Report of the Indian Hemp Drugs Commission, 1894-1895 - Volume VII
Year: 1894
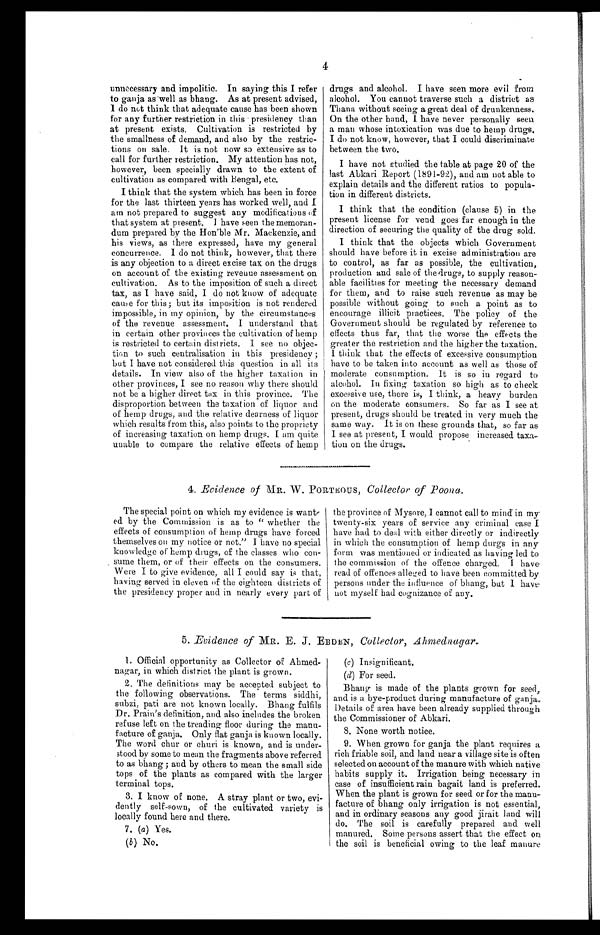
4
unnecessary and impolitic. In saying this I refer
to ganja as well as bhang. As at present advised,
I do not think that adequate cause has been shown
for any further restriction in this presidency than
at present exists. Cultivation is restricted by
the smallness of demand, and also by the restric-
tions on sale. It is not now so extensive as to
call for further restriction. My attention has not,
however, been specially drawn to the extent of
cultivation as compared with Bengal, etc.
I think that the system which has been in force
for the last thirteen years has worked well, and I
am not prepared to suggest any modifications of
that system at present. I have seen the memoran
-dum prepared by the Hon’ble Mr. Mackenzie, and
his views, as there expressed, have my general
concurrence. I do not think, however, that there
is any objection to a direct excise tax on the drugs
on account of the existing revenue assessment on
cultivation. As to the imposition of such a direct
tax, as I have said, I do not know of adequate
cause for this; but its imposition is not rendered
impossible, in my opinion, by the circumstances
of the revenue assessment. I understand that
in certain other provinces the cultivation of hemp
is restricted to certain districts. I see no
objec-tion to such centralisation in this presidency ;
but I have not considered this question in all its
details. In view also of the higher taxation in
other provinces, I see no reason why there should
not be a higher direct tax in this province. The
disproportion between the taxation of liquor and
of hemp drugs, and the relative dearness of liquor
which results from this, also points to the propriety
of increasing taxation on hemp drugs. I am quite
unable to compare the relative effects of hemp
drugs and alcohol. I have seen more evil from
alcohol. You cannot traverse such a district as
Thana without seeing a great deal of drunkenness.
On the other hand, I have never personally seen
a man whose intoxication was due to hemp drugs.
I do not know, however, that I could discriminate
between the two.
I have not studied the table at page 20 of the
last Abkari Report (1891-92), and am not able to
explain details and the different ratios to popula--
tion in different districts.
I think that the condition (clause 5) in the
present license for vend goes far enough in the
direction of securing the quality of the drug sold.
I think that the objects which Government
should have before it in excise administration are
to control, as far as possible, the cultivation,
production and sale of the drugs, to supply reaso
n - a b l e f a c i l i t i e s f o r m e e t i n g t h e n e c e s s a r y d e m a n d
for them, and to raise such revenue as may be
possible without going to such a point as to
encourage illicit practices. The policy of the
Government should be regulated by reference to
effects thus far, that the worse the effects the
greater the restriction and the higher the taxation
. I think that the effects of excessive consumption
have to be taken into account as well as those of
moderate consumption. It is so in regard to
alcohol. In fixing taxation so high as to cheek
excessive use, there is, I think, a heavy burden
on the moderate consumers. So far as I see at
present, drugs should be treated in very much the
same way. It is on these grounds that, so far as
I see at present, I would propose increased tax
a - t i o n o n t h e d r u g s .
4. Evidence of MR. W. PORTEOUS, Collector of Poona.
The special point on which my evidence is want-
ed by the Commission is as to “ whether the
effects of consumption of hemp drugs have forced
themselves on my notice or not.” I have no special
knowledge of hemp drugs, of the classes who con
-sume them, or of their effects on the consumers.
Were I to give evidence, all I could say is that,
having served in eleven of the eighteen districts of
the presidency proper and. in nearly every part of
the province of Mysore, I cannot call to mind in my
twenty-six years of service any criminal case I
have had to deal with either directly or indirectly
in which the consumption of hemp clurgs in any
form was mentioned or indicated as having led to
the commission of the offence charged. I have
read of offences alleged to have been committed by
persons under the influence of bhang, but I have
not myself had cognizance of any.
5. Evidence of MR. E. J. EBDEN, Collector, Ahmednagar.
1. Official opportunity as Collector of Ahmed
-nagar, in which district the plant is grown.
2. The definitions may be accepted subject to
the following observations. The terms siddhi,
subzi, pati are not known locally. Bhang fulfils
Dr. Prain’s definition, and also includes the broken
refuse left on the treading floor during the man
u - f a c t u r e o f g a n j a . O n l y f l a t g a n j a i s k n o w n l o c a l l y .
The word chur or churi is known, and is under
- s t o o d b y s o m e t o m e a n t h e f r a g m e n t s a b o v e r e f e r r e d
to as bhang ; and by others to mean the small side
tops of the plants as compared with the larger
terminal tops.
3. I know of none. A stray plant or two, evi
- d e n t l y s e l f - s o w n , o f t h e c u l t i v a t e d v a r i e t y i s
locally found here and there.
7. ( a ) Yes.
(b) No.
(c) Insignificant.
(d) For seed.
Bhang is made of the plants grown for seed,
and is a bye-product during manufacture of ganja.
Details of area have been already supplied through
the Commissioner of Abkari.
8 . N o n e w o r t h n o t i c e .
9. When grown for ganja the plant requires a
rich friable soil, and land near a village site is often
selected on account of the manure with which native
habits supply it. Irrigation being necessary in
case of insufficient rain bagait land is preferred.
When the plant is grown for seed or for the manu--
facture of bhang only irrigation is not essential,
and in ordinary seasons any good jirait land will
do. The soil is carefully prepared and well
manured. Some persons assert that the effect on
the soil is beneficial owing to the leaf manure